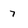
Character: 7